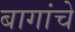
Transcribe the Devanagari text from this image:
बागांचे